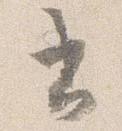
書